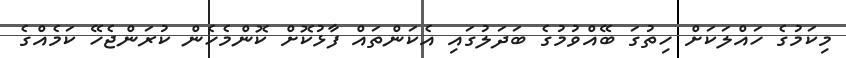
މިކަމުގެ ހައްލަކަށް ހިތުގަ ބޭއްވުމުގެ ބަދަލުގައި އެކަންތައް ފާޅުކޮށް ކޮންމެހެން ކުރަންޖެހޭ ކަމެއްގެ